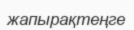
жапырақтеңге